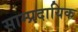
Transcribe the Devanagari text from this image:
साम्‍प्रदायिक